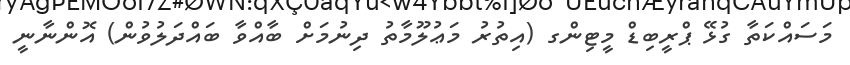
މަސައްކަތާ ގުޅޭ ޕްރީބިޑް މީޓިންގ (އިތުރު މަޢުލޫމާތު ދިނުމަށް ބާއްވާ ބައްދަލުވުން) އޮންނާނީ